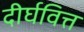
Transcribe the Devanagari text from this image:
दीर्घवित्त